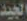
الجيد